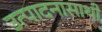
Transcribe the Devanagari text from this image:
उत्पादनासाथी